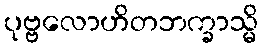
ပုဗ္ဗလောဟိတဘက္ခာသ္မိ